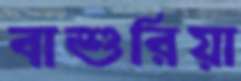
বাশুরিয়া